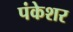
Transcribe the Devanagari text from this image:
पंकेशर